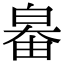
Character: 𤽻